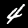
Digit: 4